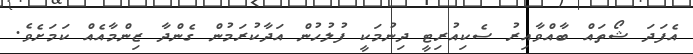
އެފަދަ ޝޯތައް ބާއްވާއިރު ސެކިއުރިޓީ ދިނުމަކީ ފުލުހުން އަދާކުރަމުން ގެންދާ ޒިންމާއެއް ކަމަށެވެ.